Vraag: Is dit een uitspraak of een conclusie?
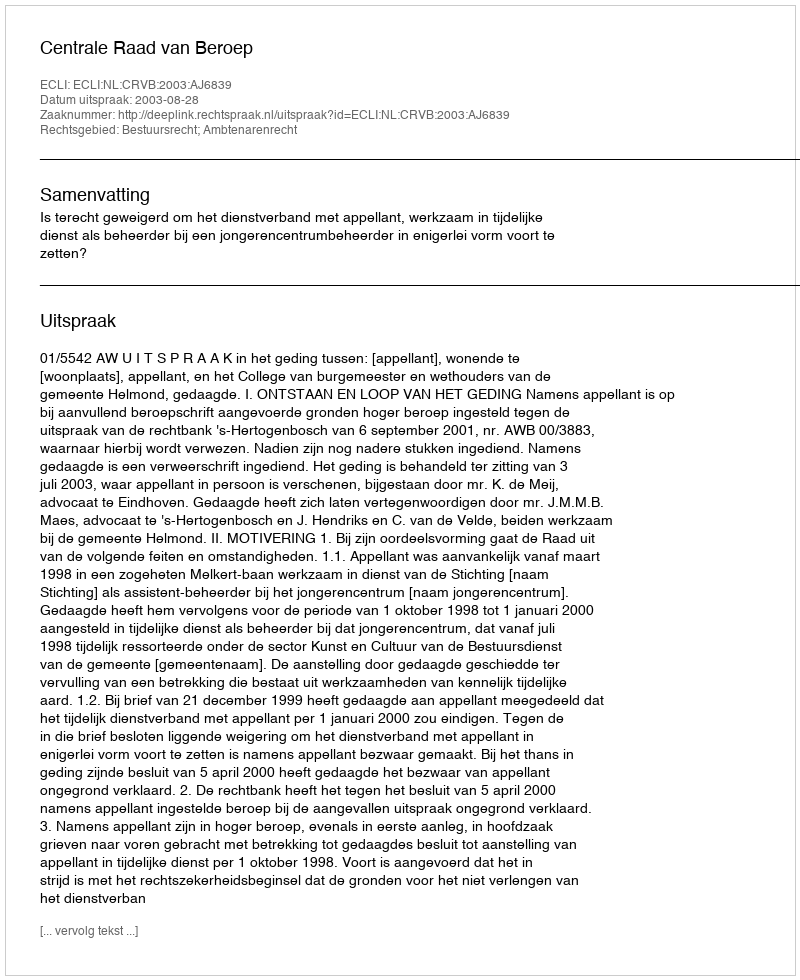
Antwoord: Uitspraak